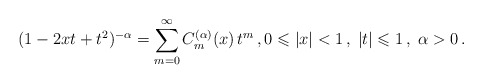
\begin{align*}(1-2xt+t^2)^{-\alpha} = \mathop{\sum}\limits_{m=0}^{\infty} C^{(\alpha)}_m(x) \, t^m\,, 0\leqslant |x| <1 \,, \; |t| \leqslant 1 \,, \; \alpha>0 \,.\end{align*}